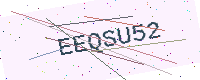
Text: EEQSU52